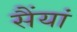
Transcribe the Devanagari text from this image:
सैंयां